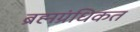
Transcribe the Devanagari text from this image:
ब्रह्मग्रंधिकत